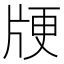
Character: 𰠞